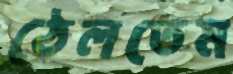
ঠেলতেম